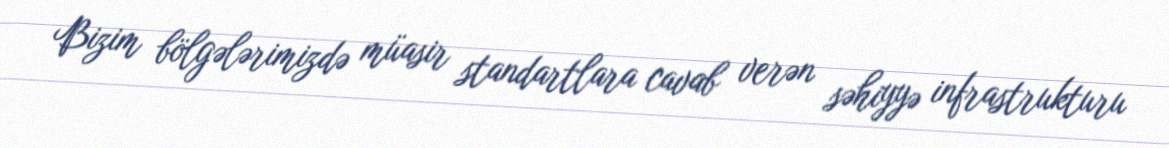
Bizim bölgələrimizdə müasir standartlara cavab verən səhiyyə infrastrukturu